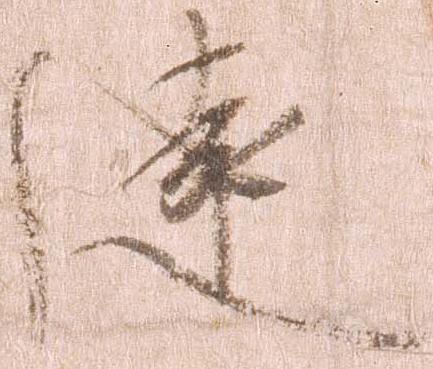
遠